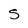
Character: S